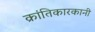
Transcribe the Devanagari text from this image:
क्रांतिकारकानी